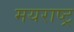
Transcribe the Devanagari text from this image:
मयराष्ट्र